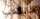
كالكلاب